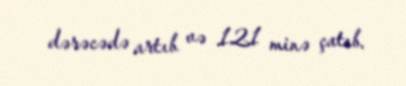
dərəcədə artıb və 121 minə çatıb.